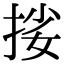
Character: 𢬰